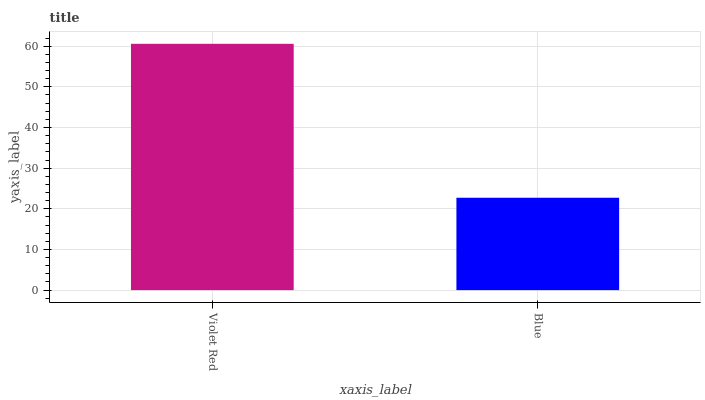
| xaxis_label | bars |
 | --- | --- |
 | Violet Red | 60.6 |
 | Blue | 22.7 |